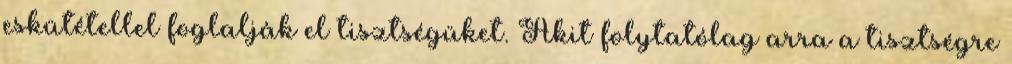
eskütétellel foglalják el tisztségüket. Akit folytatólag arra a tisztségre